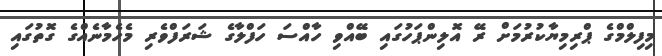
މިފިލްމްގެ ޕްރިމިޔާކުރުމަށް ރޭ އޮލިންޕަހުގައި ބޭއްވި ހާއްސަ ހަފްލާގެ ޝަރަފްވެރި މެހެމާނެއްގެ ގޮތުގައި